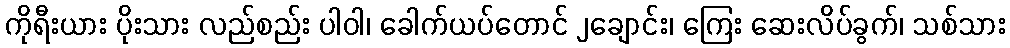
ကိုရီးယား ပိုးသား လည်စည်း ပါဝါ၊ ခေါက်ယပ်တောင် ၂ချောင်း၊ ကြေး ဆေးလိပ်ခွက်၊ သစ်သား